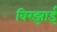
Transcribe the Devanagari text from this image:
बिरझाई